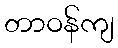
တာဝန်ကျ